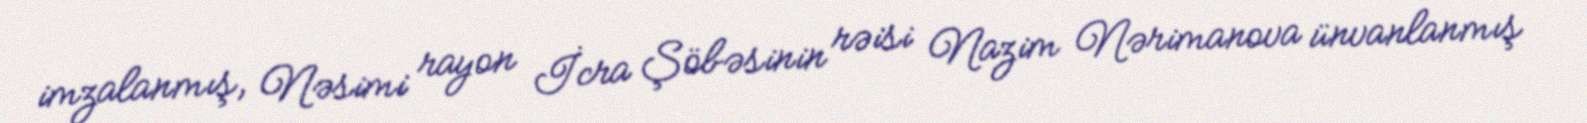
imzalanmış, Nəsimi rayon İcra Şöbəsinin rəisi Nazim Nərimanova ünvanlanmış